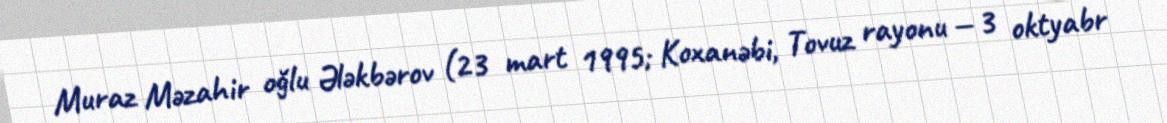
Muraz Məzahir oğlu Ələkbərov (23 mart 1995; Koxanəbi, Tovuz rayonu — 3 oktyabr